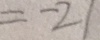
= - 2 1